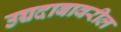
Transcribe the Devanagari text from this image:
उच्चदाबावरील